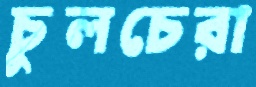
চুলচেরা